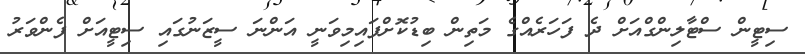
ސިޓީން ސްޓާލިންގްއަށް ދެ ފަހަރެއްގެ މަތިން ބިޑުކޮށްފައިމިވަނީ އަންނަ ސީޒަނުގައި ސިޓީއަށް ފެންވަރު